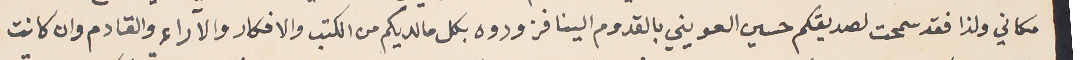
مكاني ولذا فقد سمحت لصديقكم حسين العويني بالقدوم الينا فزودوه بكل ما لديكم من الكتب والافكار والاراء والقادم وان كانت